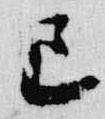
已